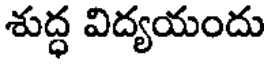
శుద్ధ విద్యయందు